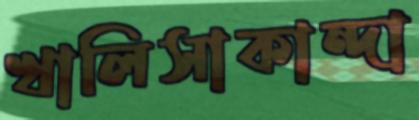
খালিসাকান্দা